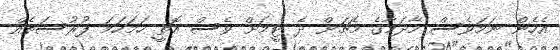
އެހެން ނަމަވެސް މާދަމާގެ މެޗަށް ދެ ޓީމަށް ވެސް އޮތީ ހަމަހަމަ ފުުރުސަތެއް